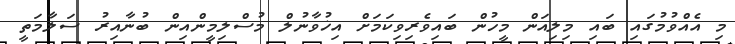
މި އެއްވުމުގައި ބައި މިލިއަން މީހުން ބައިވެރިވިކަމަށް އިޚުވާނުލް މުސްލިމީންއިން ބުނާއިރު ސަލާމަތީ